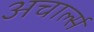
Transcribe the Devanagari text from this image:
अचार्ल्स